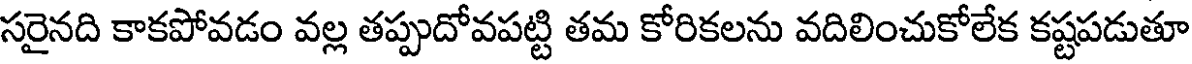
సరైనది కాకపోవడం వల్ల తప్పుదోవపట్టి తమ కోరికలను వదిలించుకోలేక కష్టపడుతూ